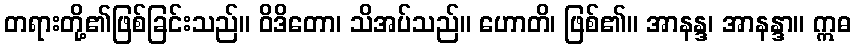
တရားတို့၏ဖြစ်ခြင်းသည်။ ဝိဒိတော၊ သိအပ်သည်။ ဟောတိ၊ ဖြစ်၏။ အာနန္ဒ၊ အာနန္ဒာ။ ဣဓ